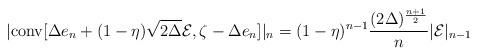
LaTeX: \begin{align*}|\mathrm{conv}[\Delta e_n+(1-\eta)\sqrt{2\Delta}\mathcal{E}, \zeta-\Delta e_n]|_n=(1-\eta)^{n-1}\frac{(2\Delta)^{\frac{n+1}{2}}}{n}|\mathcal{E}|_{n-1}\end{align*}